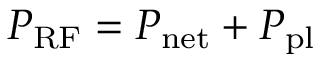
P _ { \mathrm { R F } } = P _ { \mathrm { n e t } } + P _ { \mathrm { p l } }